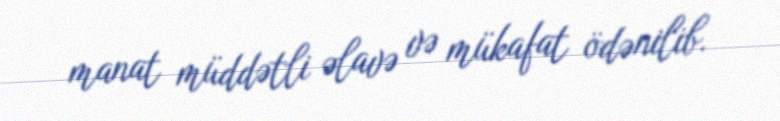
manat müddətli əlavə və mükafat ödənilib.